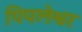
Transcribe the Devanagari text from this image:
पिपलेश्वर